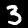
Label: 3